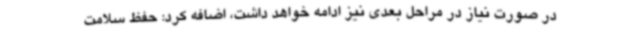
در صورت نیاز در مراحل بعدی نیز ادامه خواهد داشت، اضافه کرد: حفظ سلامت